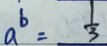
a ^ { b } = \frac { 1 } { 3 }